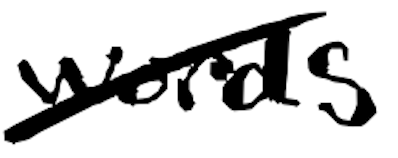
Text: words
Cross-out: diagonal
Writing tool: digital_black